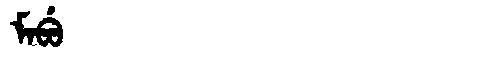
Manchu: ᠮᠠᠪᡠ
Romanization: MABU